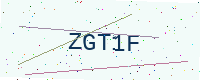
Text: ZGT1F